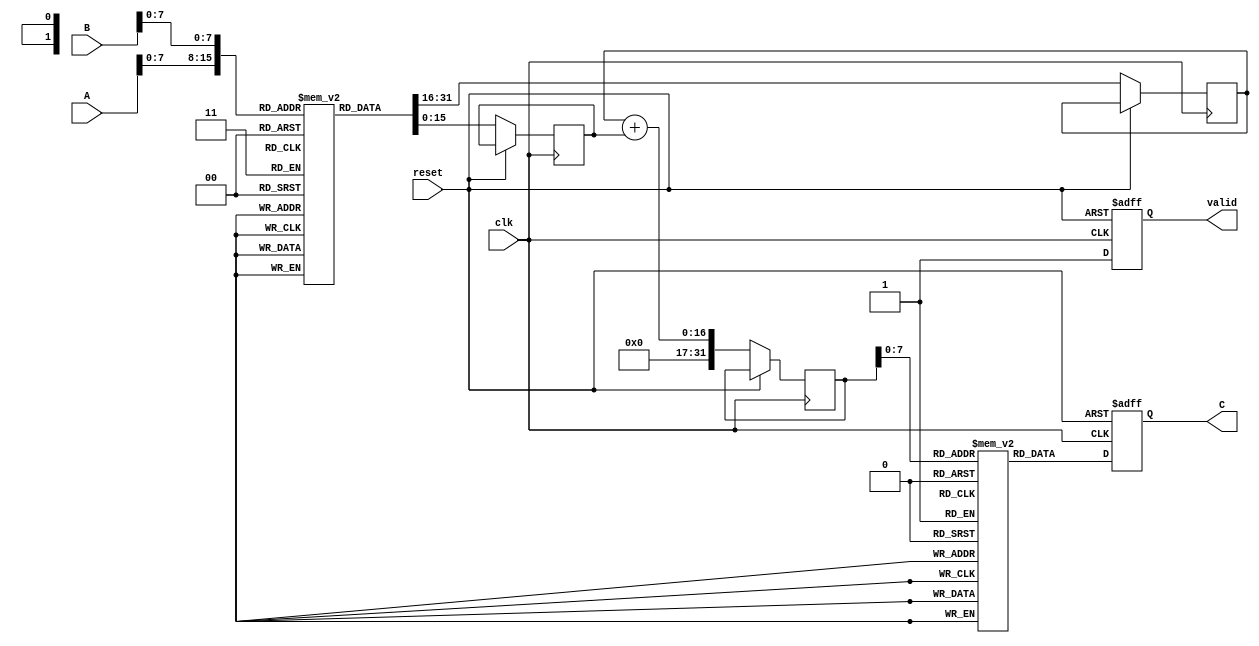
module log_multiplier (
    input wire clk,
    input wire reset,
    input wire [15:0] A,    // 16-bit input A
    input wire [15:0] B,    // 16-bit input B
    output reg [31:0] C,    // 32-bit output C
    output reg valid         // Output valid signal
);

    // Logarithm LUT (example values, to be defined properly)
    reg [15:0] log_lut [0:255]; // LUT for log values
    initial begin
        // Initialize log LUT with appropriate values
        // log_lut[0] = 0; // log(1) = 0
        // Fill in the rest of the LUT based on your requirements
    end

    // Exponential LUT (example values, to be defined properly)
    reg [31:0] exp_lut [0:255]; // LUT for exp values
    initial begin
        // Initialize exp LUT with appropriate values
        // exp_lut[0] = 1; // exp(0) = 1
        // Fill in the rest of the LUT based on your requirements
    end

    reg [15:0] log_A; // Logarithmic value of A
    reg [15:0] log_B; // Logarithmic value of B
    reg [31:0] log_sum; // Sum of logarithmic values

    // Control logic
    always @(posedge clk or posedge reset) begin
        if (reset) begin
            C <= 0;
            valid <= 0;
        end else begin
            // Logarithmic conversion
            log_A <= log_lut[A[7:0]]; // Example: using lower 8 bits of A
            log_B <= log_lut[B[7:0]]; // Example: using lower 8 bits of B

            // Addition block
            log_sum <= log_A + log_B;

            // Exponential conversion
            C <= exp_lut[log_sum[7:0]]; // Example: using lower 8 bits of log_sum

            // Indicate valid output
            valid <= 1;
        end
    end

endmodule